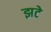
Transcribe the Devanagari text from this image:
झटे